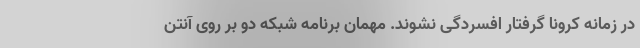
در زمانه کرونا گرفتار افسردگی نشوند. مهمان برنامه شبکه دو بر روی آنتن